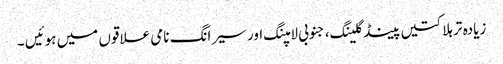
زیادہ تر ہلاکتیں پینڈگلینگ، جنوبی لامپنگ اور سیرانگ نامی علاقوں میں ہوئیں ۔